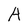
Character: A